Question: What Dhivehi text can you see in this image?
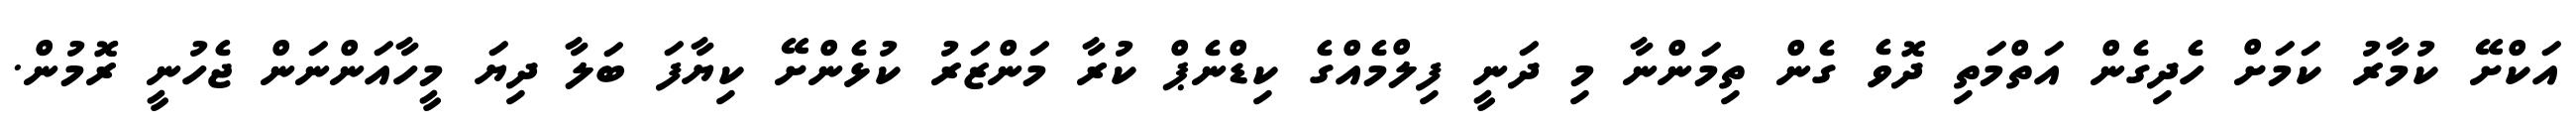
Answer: އަކްށޭ ކުމާރު ކަމަށް ހެދިގެން އަތްމަތި ދޮވެ ގެން ތިމަންނާ މި ދަނީ ފިލްމެއްގެ ކިޑްނެޕް ކުރާ މަންޒަރު ކުޅެންށޭ ކިޔާފަ ބަލާ ދިޔަ މީހާއަންނަން ޖެހުނީ ރޮމުން.